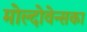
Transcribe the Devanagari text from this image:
मोल्दोवेन्सका